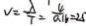
V = \frac { \lambda } { T } = \frac { 4 } { a 1 6 } = 2 5